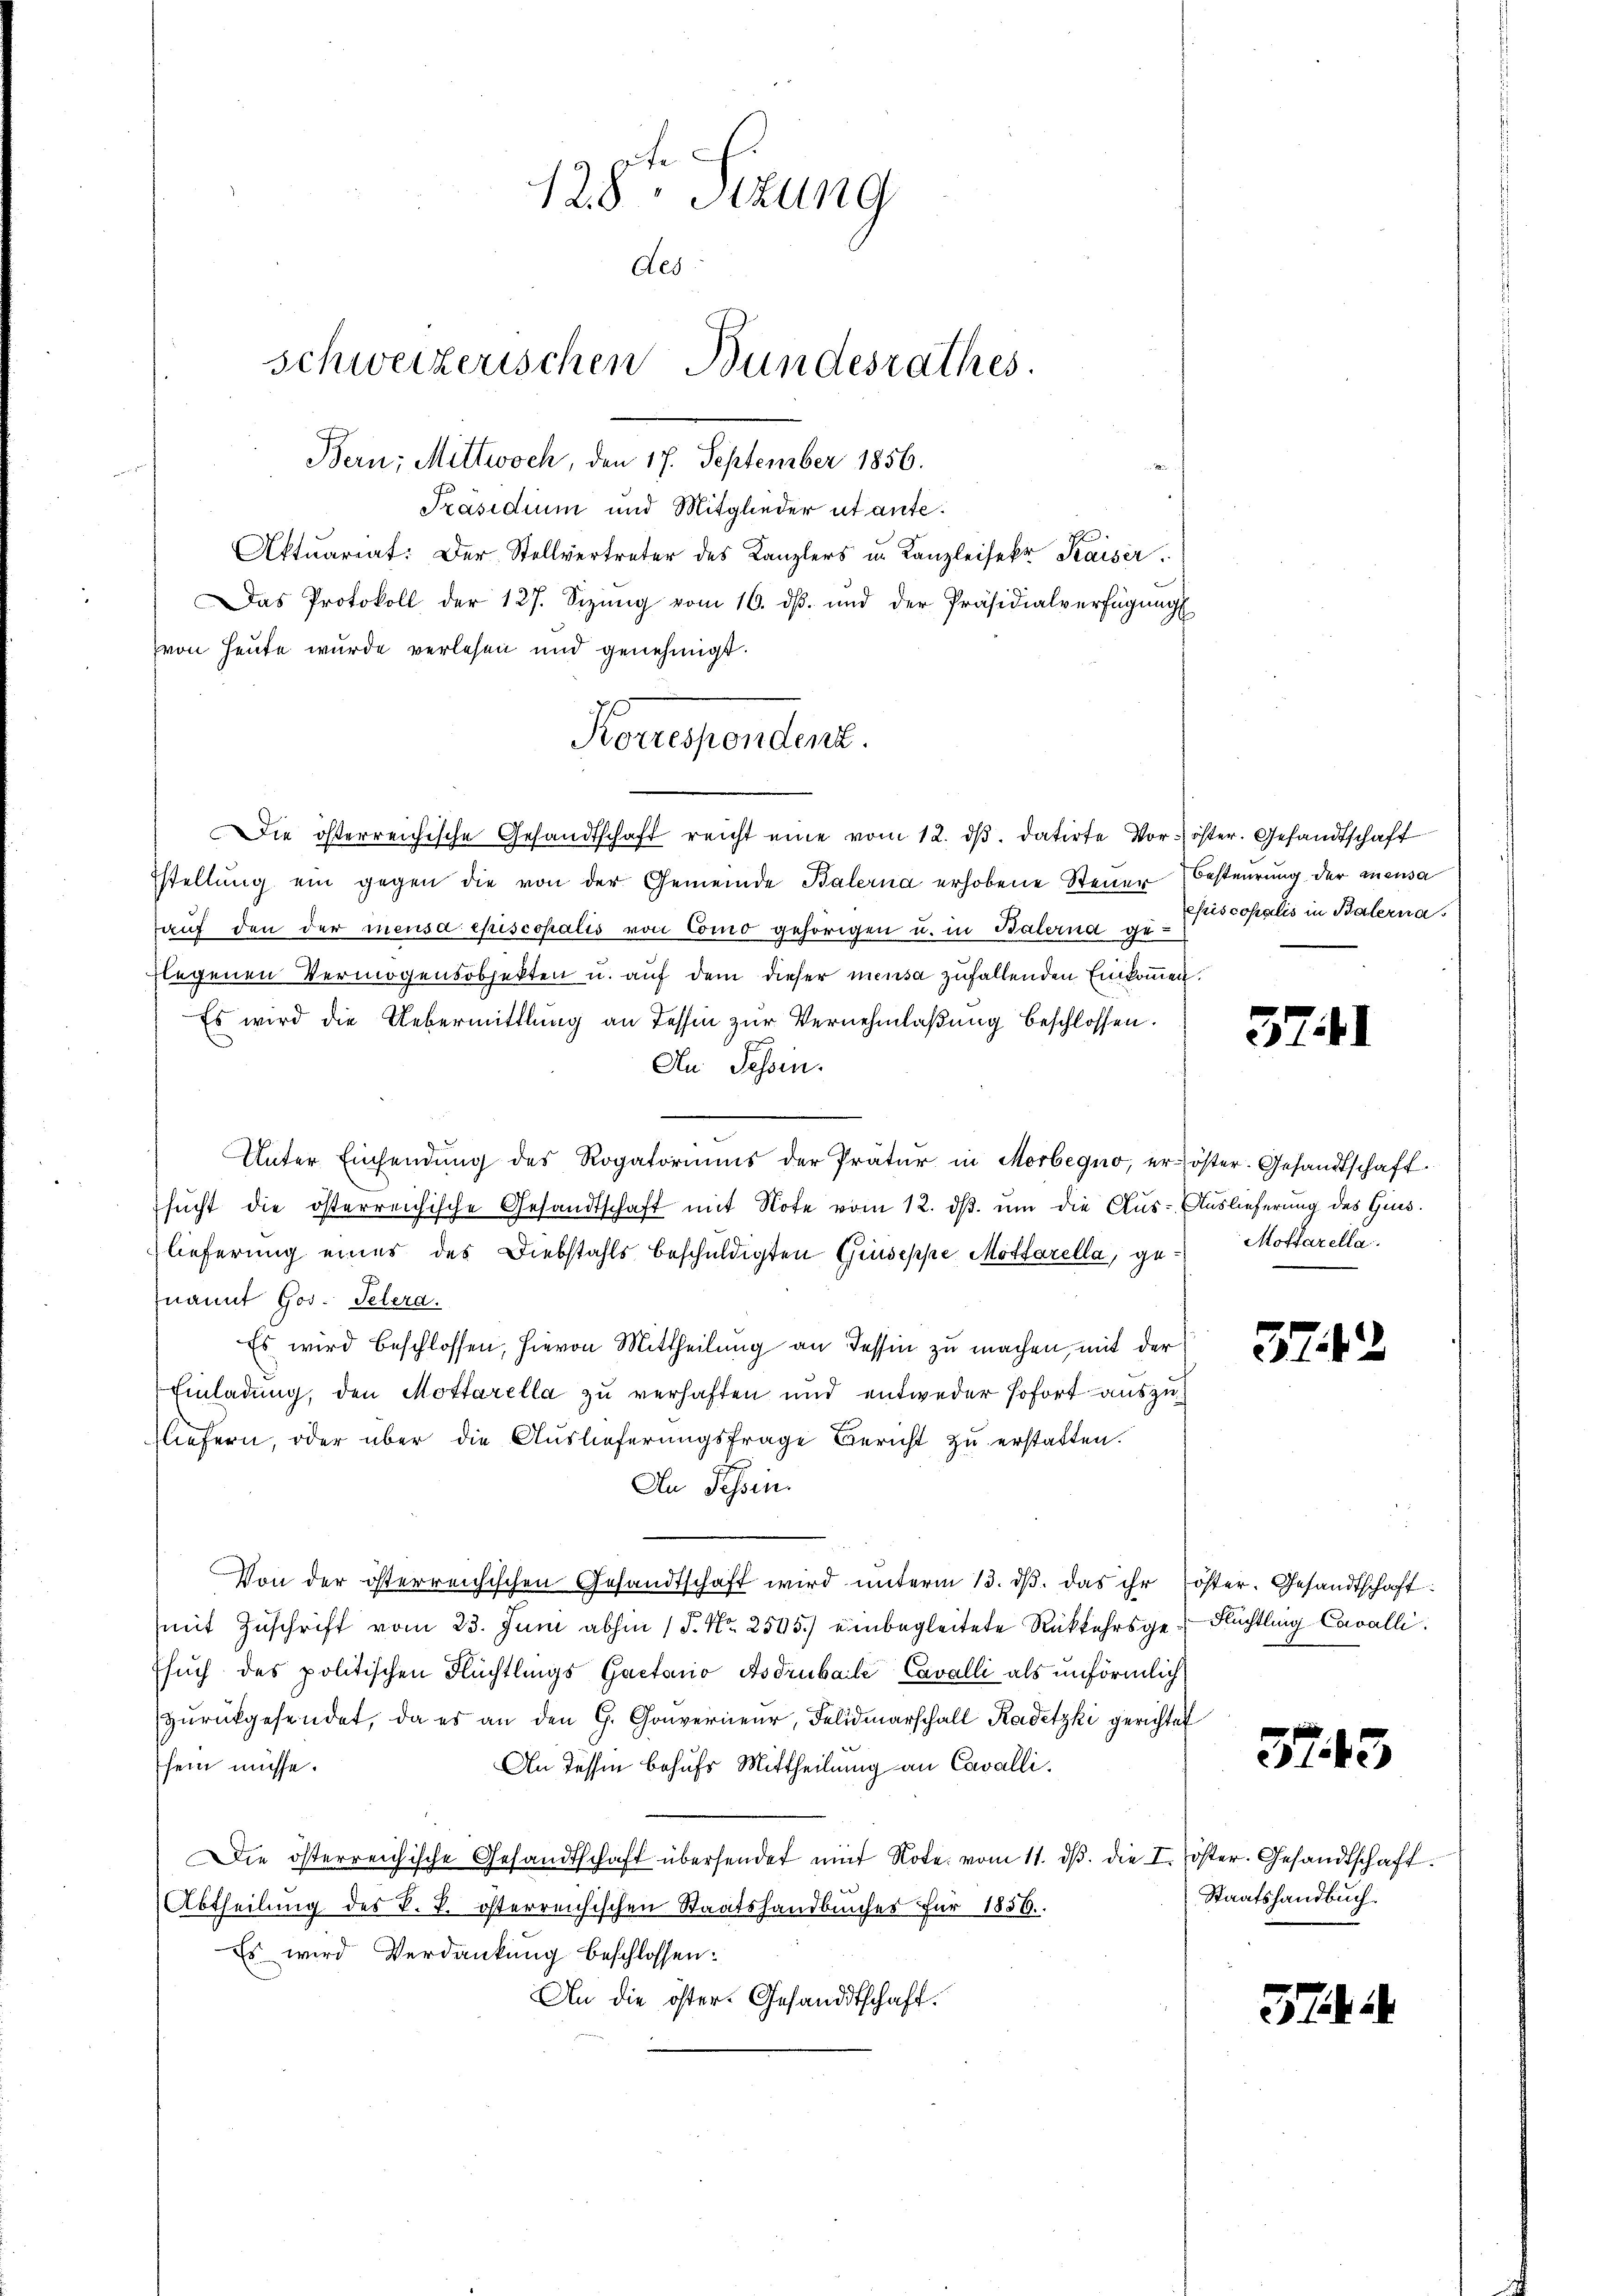
128. Sitzung
Aes
schweizerischen Bundesrathes.

Bern, Mittwoch, den 17. September 1856.
Präsidium und Mitglieder ut ante.
Aktuariat: Der Stellvertreter des Kanzlers u. Kanzleisekr Kaiser.
Das Protokoll der 127. Sezing vom 16. dβ. und der Präsidialverfügŭngs
von Heute wurde verlesen und genehmigt.
Die österreichische Gesandtschaft reicht eine vom 12. dβ. datirte Vor- öster. Gesandtschaft
stellŭng ein gegen die von der Gemeinde Balerna erhobene Steuer
aŭf den der mensa episcopalis von Como gehörigen u. in Balerna ge- copialis in Balerna
flegenen Vermögensobjekten u. auf dem dieser mensa zufallenden Einkommen.
Es wird die Uebermittlung an Tessin zur Vernehmlaßung beschlossen.
An Tessin.
Unter Einsendŭng des Rogatoriums der Pratur in Morbequo, eröster. Gesandtschaft
sŭcht die österreichische Gesandtschaft mit Note vom 12. dβ. um die Aus- Auslieferung des Gins.
lieferung eines des Diebstahls beschuldigten Giuseppe, Mottarella ge- Mottarellanannt Gos. Pelera.
Es wird beschlossen, hievon Mittheilung an Tessin zu machen, mit der
Einladung, den Mottarella zu verhaften und entweder sofort auszusliefern, oder über die Auslieferungsfrage Bericht zu erstatten.
An Tessin.
Von der österreichischen Gesandtschaft wird ŭnterm 13. dβ das ihr öster. Gesandtschaft
mit Zuschrift vom 23. Juni abhin 1 S. Nr. 2505.) einbegleitete Rückkehrsge- Flüchtling Cavalli.
Esŭch des politischen Flüchtlings Gaetario Asdrubale Cavalli als unförmlich
zurückgesendet, da es an den G. Converneur, Felidmarschall Kadetzki gerichtet
sein müsse.
An Tessin behufs Mittheilung an Cavalli
Die österreichische Gesandtschaft übersendet mit Note vom 11. dβ. die I. öster. Gesandtschaft.
Abtheilung des k. k. österreichischen Staatshandbuches für 1856.
Es wird Verdankung beschlossen:
An die öster- Gesandtschaft.

Korrespendent.

Besteurung der mensa

5741

512

3743

Staatshandbuch.

3